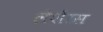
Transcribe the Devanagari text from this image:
लेशेरस